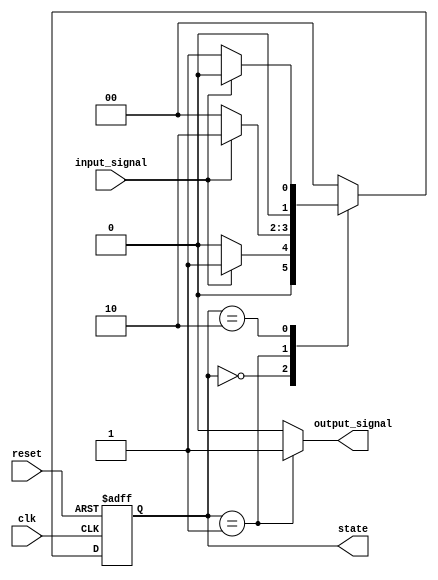
module moore_state_machine (
    input wire clk,          // Clock signal
    input wire reset,        // Asynchronous reset signal
    input wire input_signal, // Input signal for state transitions
    output reg [1:0] state,  // Current state (2 bits for 4 states)
    output reg output_signal  // Output signal based on current state
);

// State encoding
localparam S0 = 2'b00; // State 0
localparam S1 = 2'b01; // State 1
localparam S2 = 2'b10; // State 2

// State transition logic
always @(posedge clk or posedge reset) begin
    if (reset) begin
        state <= S0; // Reset to state S0
    end else begin
        case (state)
            S0: begin
                if (input_signal) begin
                    state <= S1; // Transition from S0 to S1
                end else begin
                    state <= S0; // Stay in S0
                end
            end
            S1: begin
                if (input_signal) begin
                    state <= S2; // Transition from S1 to S2
                end else begin
                    state <= S0; // Transition from S1 to S0
                end
            end
            S2: begin
                if (input_signal) begin
                    state <= S0; // Transition from S2 to S0
                end else begin
                    state <= S1; // Transition from S2 to S1
                end
            end
            default: state <= S0; // Default to S0
        endcase
    end
end

// Output logic based on the current state
always @(*) begin
    case (state)
        S0: output_signal = 1'b0; // Output for state S0
        S1: output_signal = 1'b1; // Output for state S1
        S2: output_signal = 1'b0; // Output for state S2
        default: output_signal = 1'b0; // Default output
    endcase
end

endmodule